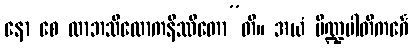
နော စေ လာဘသိလောကနိဿိတော”တိ။ အယံ ပိဏ္ဍပါတိကင်္ဂေ